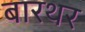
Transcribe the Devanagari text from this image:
बारथर